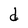
Character: d